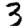
Digit: 3